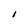
Character: I